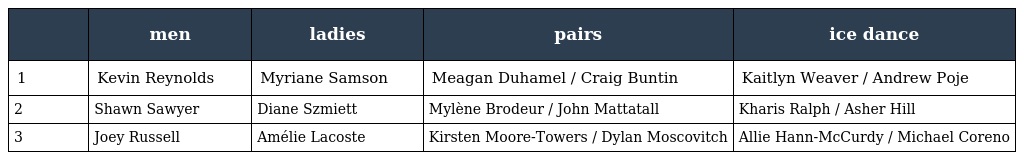
|  | men | ladies | pairs | ice dance |
 | --- | --- | --- | --- | --- |
 | 1 | Kevin Reynolds | Myriane Samson | Meagan Duhamel / Craig Buntin | Kaitlyn Weaver / Andrew Poje |
 | 2 | Shawn Sawyer | Diane Szmiett | Mylène Brodeur / John Mattatall | Kharis Ralph / Asher Hill |
 | 3 | Joey Russell | Amélie Lacoste | Kirsten Moore-Towers / Dylan Moscovitch | Allie Hann-McCurdy / Michael Coreno |